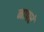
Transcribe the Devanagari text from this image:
नापरं